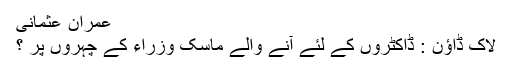
عمران عثمانی
لاک ڈاﺅن : ڈاکٹروں کے لئے آنے والے ماسک وزراء کے چہروں پر ؟